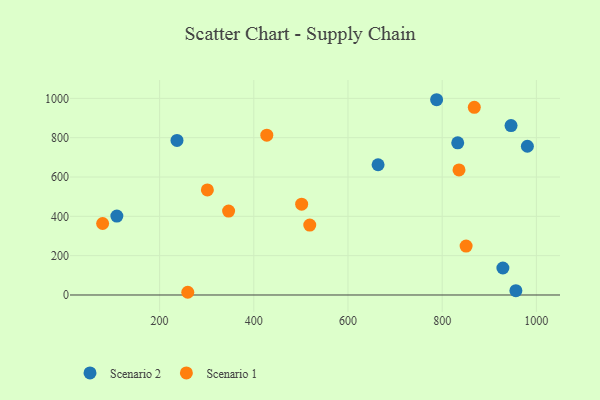
{"axis": {"x": "Distance", "y": "Salary"}, "legend": ["Scenario 1", "Scenario 2"], "data": [{"x": "663.9", "y": 662.3, "type": "Scenario 2"}, {"x": "946.2", "y": 861.3, "type": "Scenario 2"}, {"x": "236.9", "y": 785.9, "type": "Scenario 2"}, {"x": "956.5", "y": 21.7, "type": "Scenario 2"}, {"x": "109.2", "y": 401.3, "type": "Scenario 2"}, {"x": "928.9", "y": 137.3, "type": "Scenario 2"}, {"x": "980.9", "y": 756.5, "type": "Scenario 2"}, {"x": "833.0", "y": 773.8, "type": "Scenario 2"}, {"x": "788.2", "y": 993.0, "type": "Scenario 2"}, {"x": "518.8", "y": 355.7, "type": "Scenario 1"}, {"x": "868.2", "y": 954.4, "type": "Scenario 1"}, {"x": "301.4", "y": 534.1, "type": "Scenario 1"}, {"x": "346.5", "y": 426.9, "type": "Scenario 1"}, {"x": "79.0", "y": 363.6, "type": "Scenario 1"}, {"x": "850.8", "y": 248.9, "type": "Scenario 1"}, {"x": "835.7", "y": 636.1, "type": "Scenario 1"}, {"x": "427.6", "y": 812.6, "type": "Scenario 1"}, {"x": "501.6", "y": 461.6, "type": "Scenario 1"}, {"x": "259.8", "y": 13.8, "type": "Scenario 1"}]}